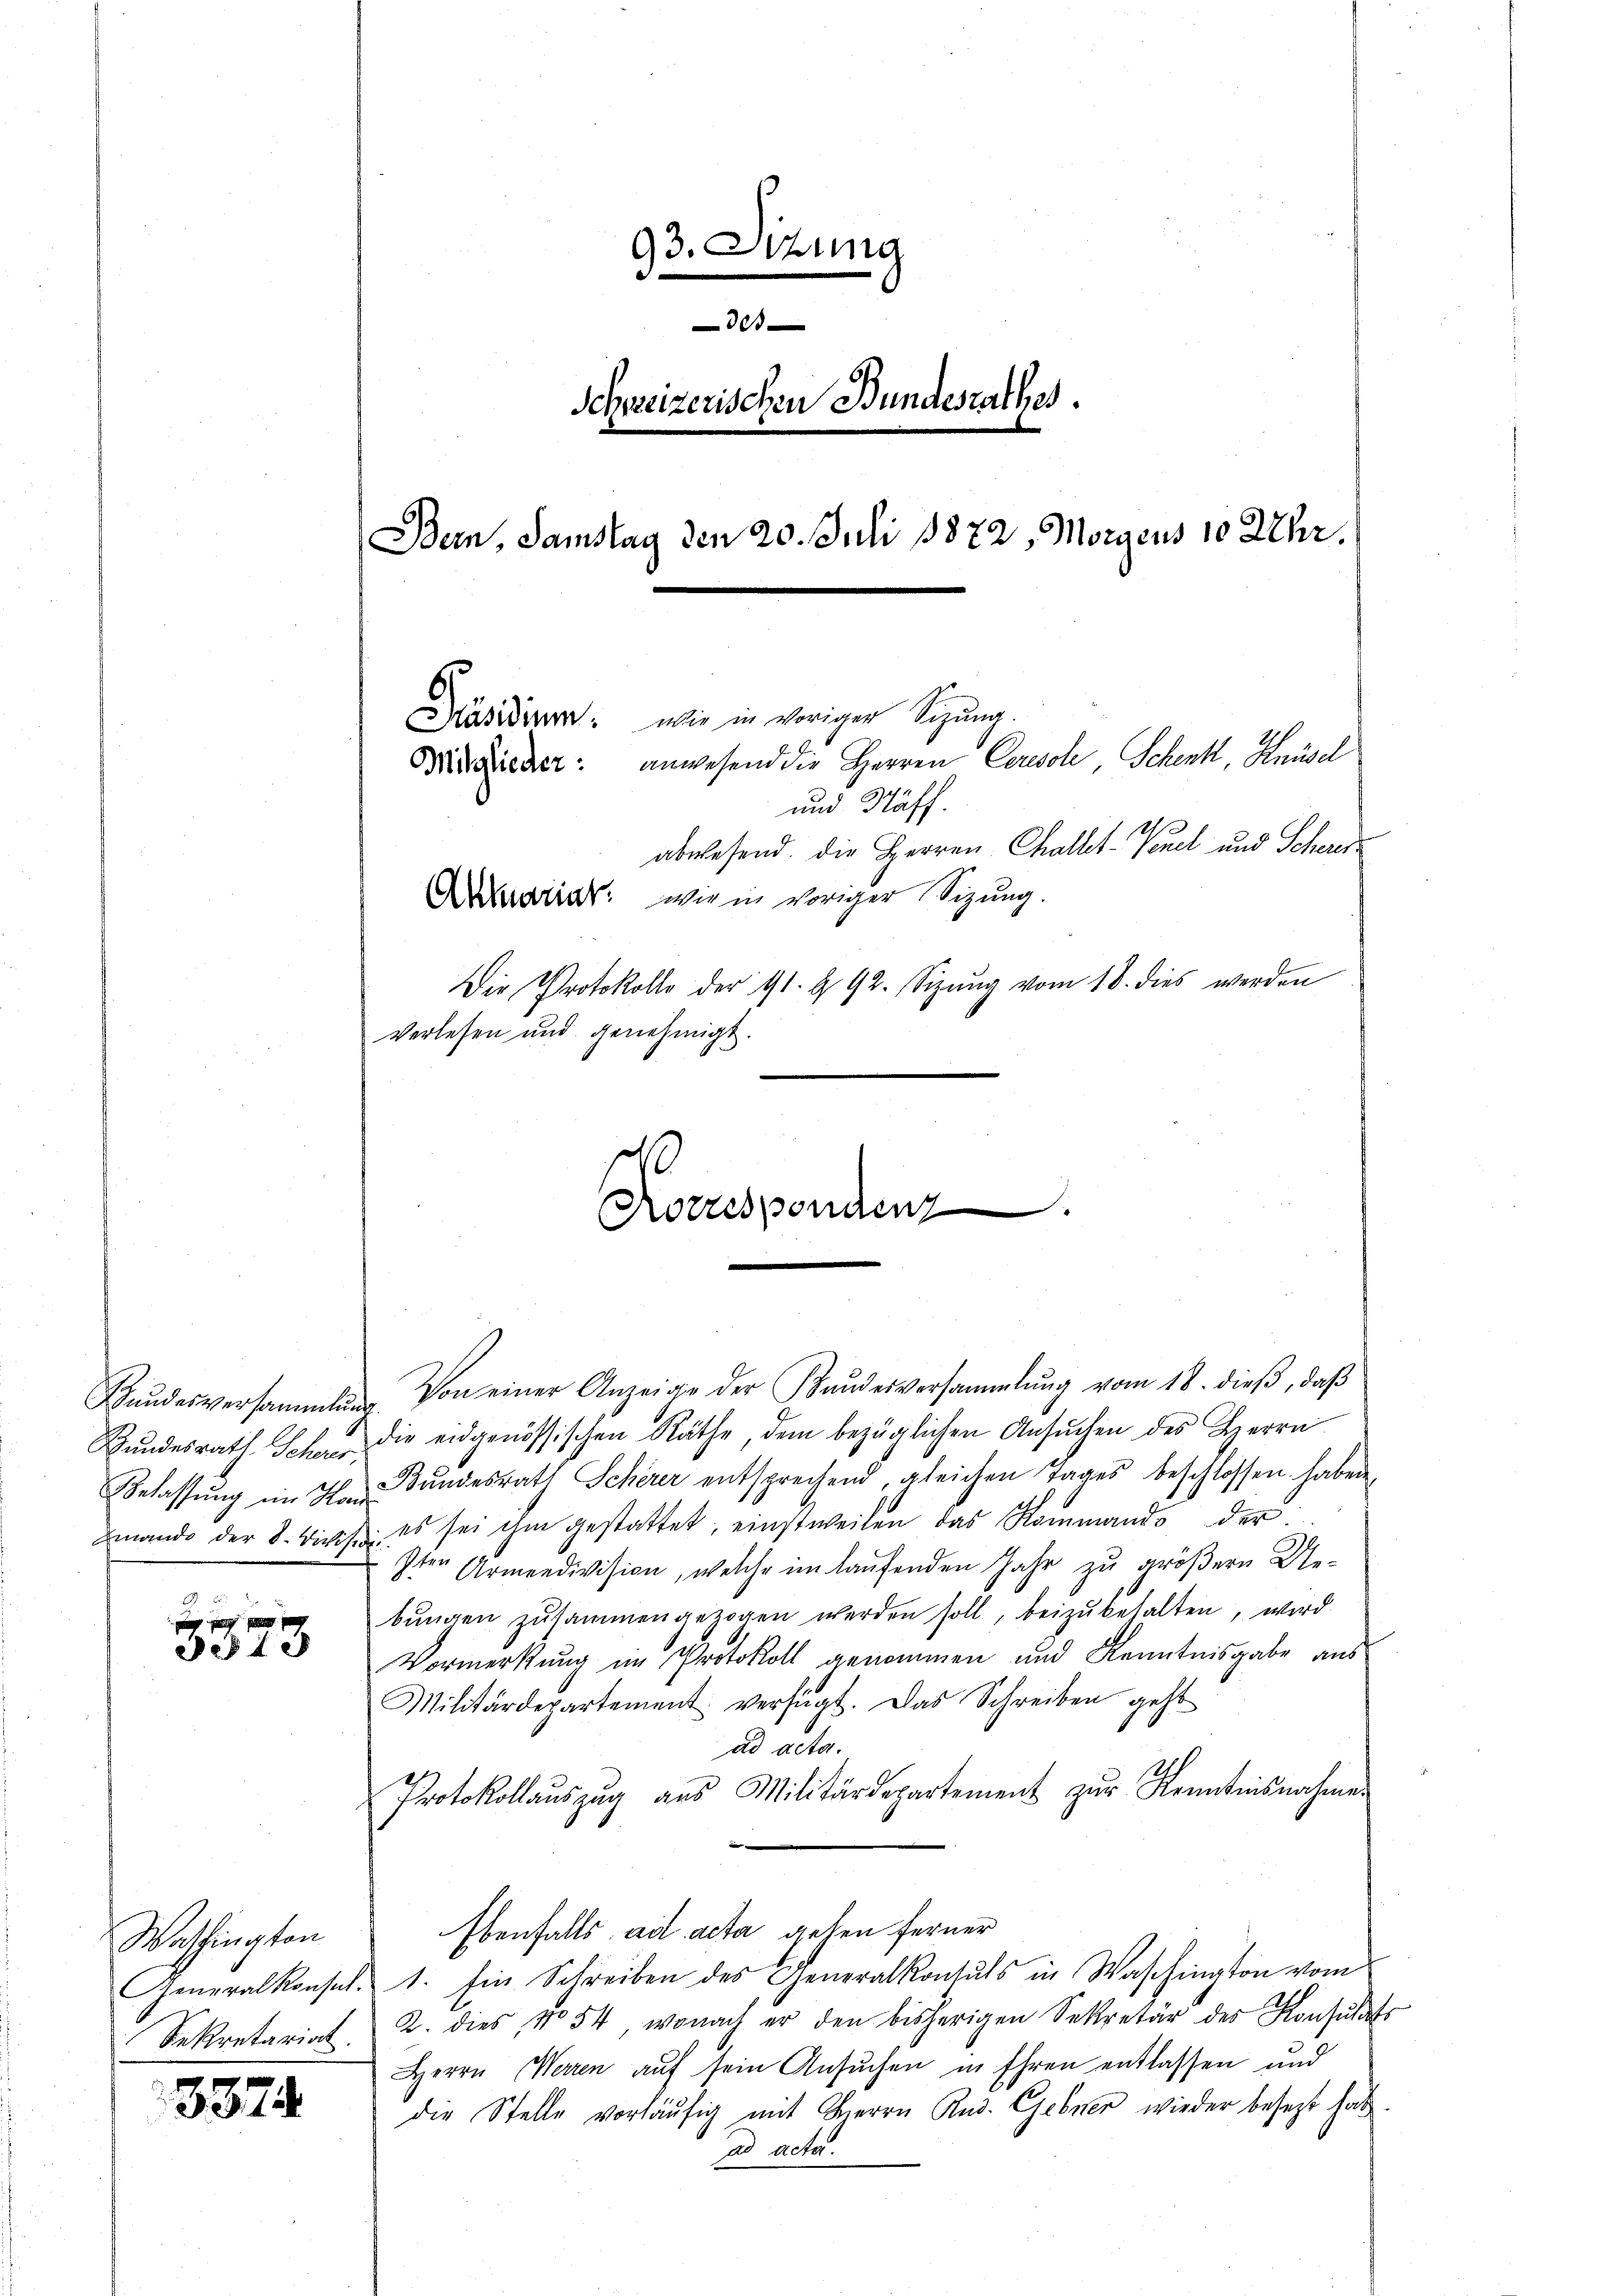
det

Washington

3374

93. Ottung
e
Schweizerischen Bundesrathes.
Bern, Samstag den 20. Juli 1872, Morgens 10 Uhr.
Präsidiren, wie in voriger Sitzung.
Mitglieder: anwesend die Herren Cerisch, Schenkt, Knüsel
und Säff.
abwesend die Herren Challet-Venel und Schererariat wie in voriger Sizung.
Die Protokolle der 41. § 92. Sizŭng vom 18. dies werden
verlesen und genehmigt.

Korrespondenz

Hŭndesversammlung. Von einer Anzeige der Handesversammlung vom 18. dieβ, daβ
Bŭndesrath Schen die eidgenössischen Räthe, dem bezüglichen Ansŭchen des Herrn
Belassŭng im Plan Bundesrath Scherer entsprechend gleichen Tages beschlossen haben
mando der 8. Divis es sei ihm gestattet, einstweilen das Rommando der
sten Armendivision, welche im laufenden Jahr zu größern Uebŭngen zusammengezogen werden soll, beizubehalten, wird
Vormerkung im Protokoll genommen und Kenntnisgabe aus
Militärdepartement verfügt. Das Schreiben geht
ad acta.
Protokollaŭszŭg aŭs Militärdepartement zŭr Kenntnisnahmen
Ebenfalls ad acta gehen ferner
Generalkonses. 1. Ein Schreiben des Generalkontuls in Waschington vom
Sekretariat. 2. dies No 54, wonach er den bisherigen Sekretär der Konsulats
Herrn Werren auf sein Ansuchen in Ehren entlassen und
die Stelle vorläŭfig mit Herrn Rud. Gebner wieder besezt hat.
ad acta.